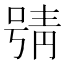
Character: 𱓪